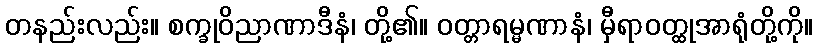
တနည်းလည်း။ စက္ခုဝိညာဏာဒီနံ၊ တို့၏။ ဝတ္တာရမ္မဏာနံ၊ မှီရာဝတ္ထုအာရုံတို့ကို။